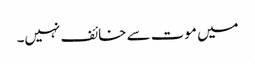
میں موت سے خائف نہیں۔